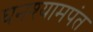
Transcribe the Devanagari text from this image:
घनश्यामपंत